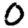
Digit: 0